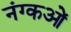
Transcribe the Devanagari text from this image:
नंग्‍कओं